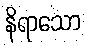
နိရာသော